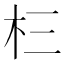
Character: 㭅